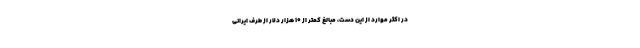
در اکثر موارد از این دست، مبالغ کمتر از ۱۰ هزار دلار از طرف ایرانی